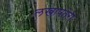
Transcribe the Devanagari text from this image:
लखापतेरी